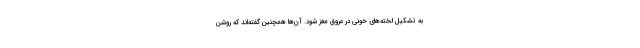
به تشکیل لخته‌های خونی در عروق مغز شود. آن‌ها همچنین گفته‌اند که روشن